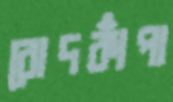
রোদকাঁপা